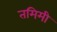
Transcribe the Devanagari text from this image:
तमिमी